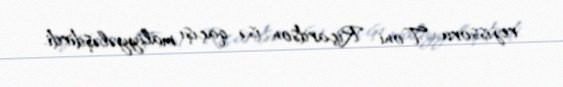
rejissoru Toni Riçardson isə qaçışı maliyyələşdirdi.